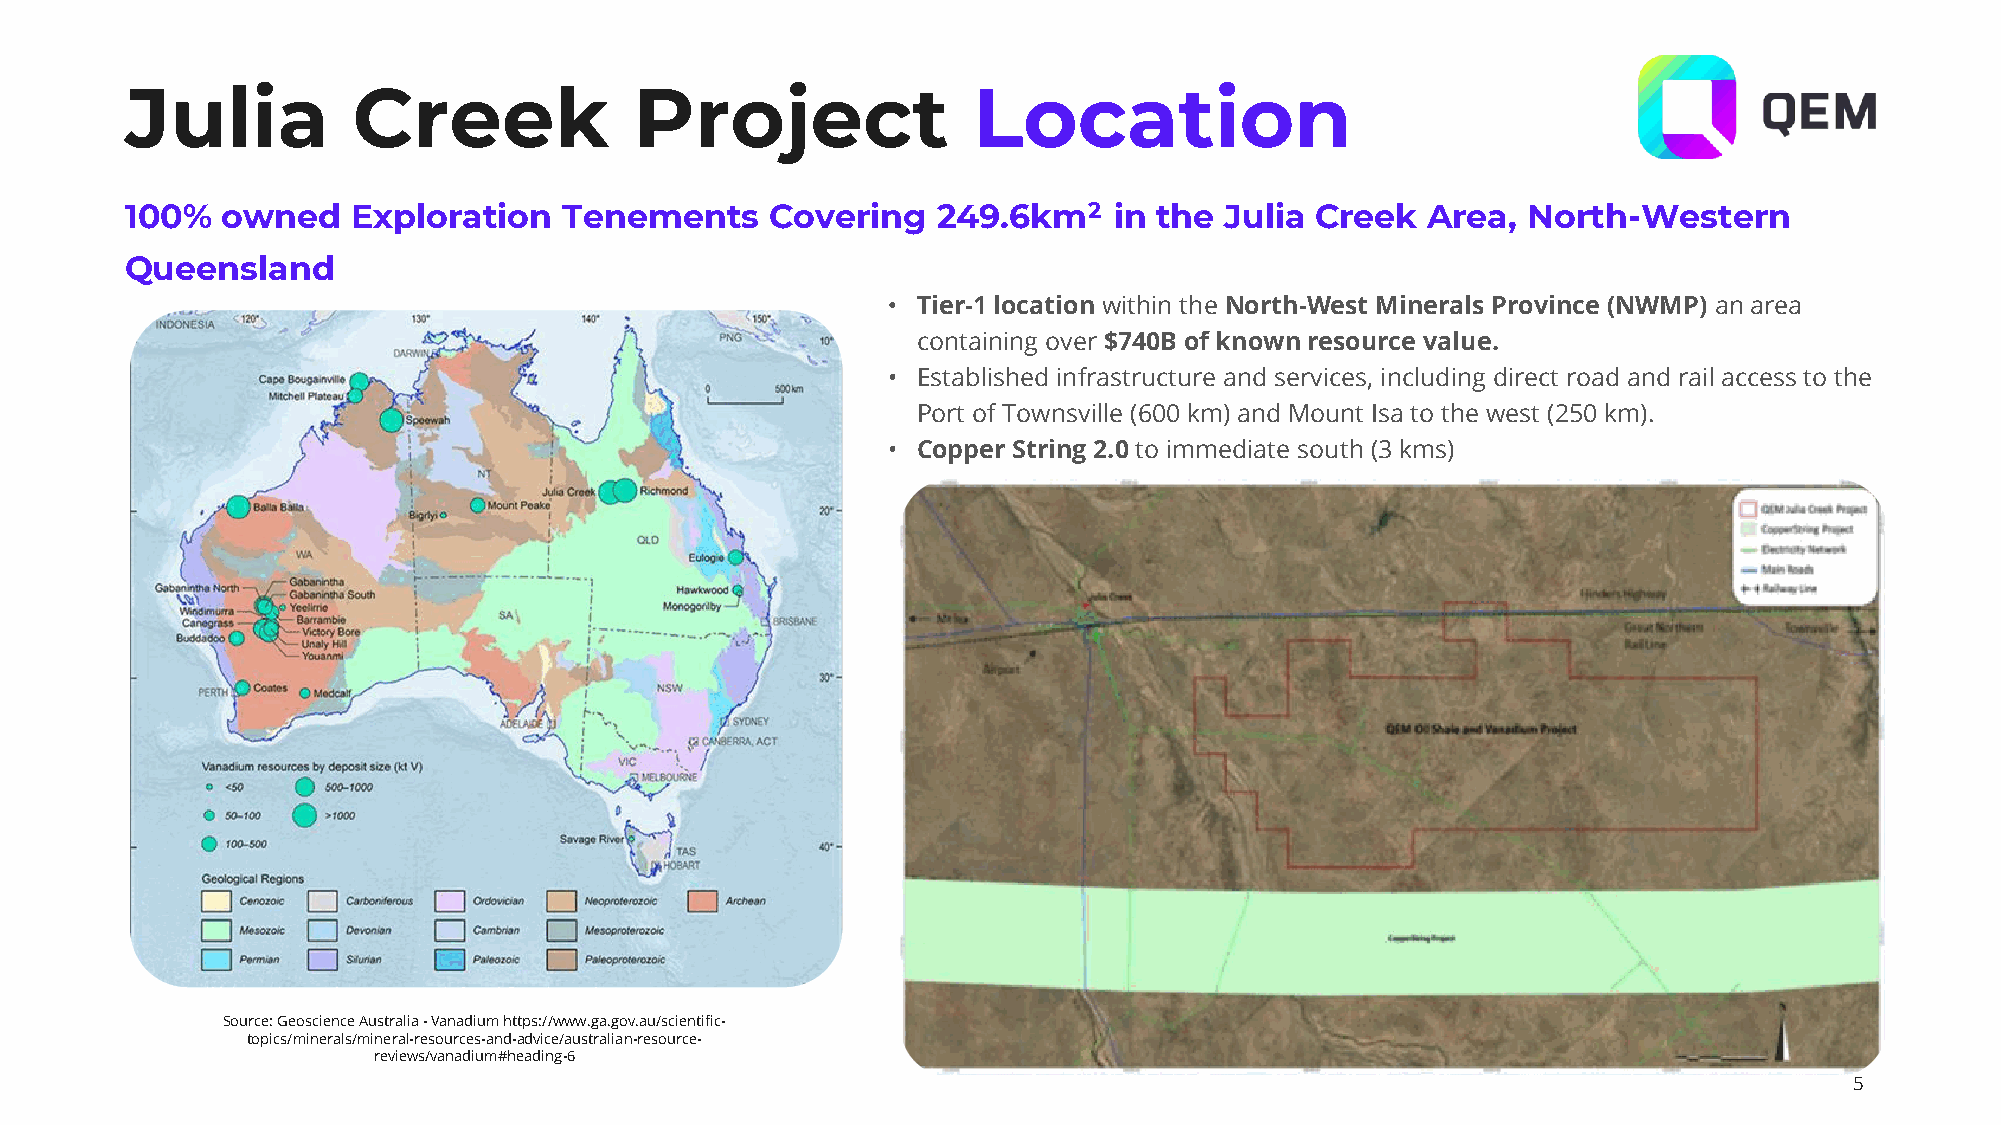
Julia          Creek              Project               Location
 100%   owned   Exploration   Tenements     Covering   249.6km2    in the Julia Creek  Area,  North-Western
 Queensland
 • Tier-1 location within the North-West Minerals Province (NWMP) an area
 containing over $740B of known resource value.
 • Established infrastructure and services, including direct road and rail access to the
 Port of Townsville (600 km) and Mount Isa to the west (250 km).
 • Copper String 2.0 to immediate south (3 kms)
 Source: Geoscience Australia -Vanadium https://www.ga.gov.au/scientific-
 topics/minerals/mineral-resources-and-advice/australian-resource-
 reviews/vanadium#heading-6
 5